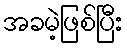
အခမဲ့ဖြစ်ပြီး